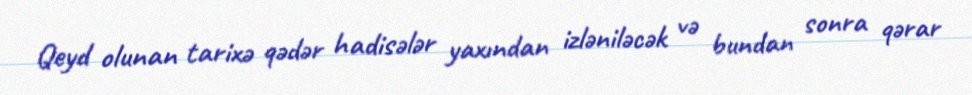
Qeyd olunan tarixə qədər hadisələr yaxından izləniləcək və bundan sonra qərar